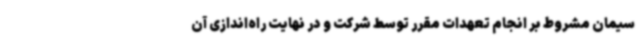
سیمان مشروط بر انجام تعهدات مقرر توسط شرکت و در نهایت راه‌اندازی آن